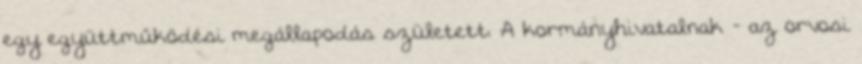
egy együttműködési megállapodás született. A kormányhivatalnak - az orvosi